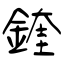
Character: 鍷